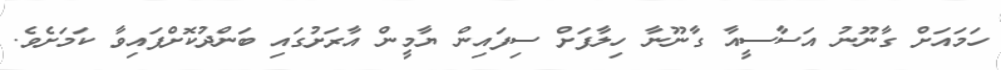
ހަމައަށް ގާނޫނު އަސާސީއާ ގާނޫނާ ހިލާފަށް ސިފައިން ޔާމީން އާރަށުގައި ބަންދުކޮށްފައިވާ ކަމަށެވެ.